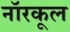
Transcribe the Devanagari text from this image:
नॉरकूल